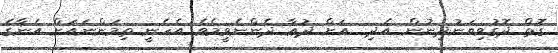
ގޮތް ދޮގުވިޔަނުދިނުން އެދި  އަށް ދުޢާ ދެންނެވީމެވެ. އެހެނީ ތިމަންނައަށް އެނާގެ